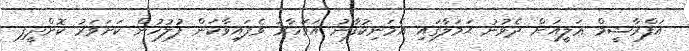
އަފްރާޝީމް ޢަލީއަށް ދެވުނު ޙަމަލާގައި އެމަނިކުފާނު އަވަހާރަ ވެފައިވާކަން ފުލުހުން ކަށަވަރު ކޮށްދީފި.